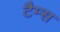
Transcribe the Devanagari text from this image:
टैम्स